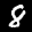
Label: 8